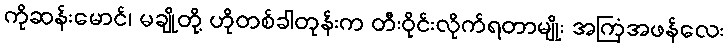
ကိုဆန်းမောင်၊ မချိုတို့ ဟိုတစ်ခါတုန်းက တီးဝိုင်းလိုက်ရတာမျိုး အကြံအဖန်လေး